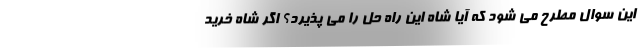
این سوال مطرح می شود که آیا شاه این راه حل را می پذیرد؟ اگر شاه خرید